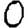
Digit: 0